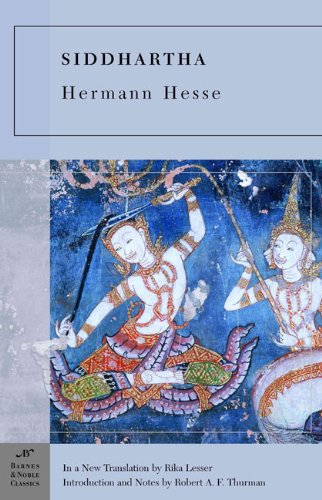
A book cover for Siddhartha (Barnes & Noble Classics); Hermann Hesse; Religion & Spirituality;